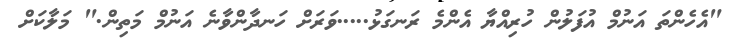
"އެހެންތަ އަނުމް އުފަލުން ހުރިއްޔާ އެންމެ ރަނގަޅު.....ވަރަށް ހަނދާންވާނެ އަނުމް މަތިން." މަލާކަށް